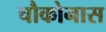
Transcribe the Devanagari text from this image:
चौकोनास